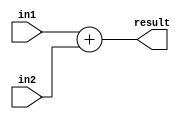
`timescale 1ns/1ns

module Adder_32bit(
    input [31:0] in1, in2,
    output [31:0] result
);

    assign result = in1 + in2;

endmodule